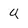
Character: u